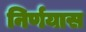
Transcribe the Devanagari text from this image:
निर्णयास